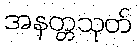
အနတ္တသုတ်